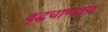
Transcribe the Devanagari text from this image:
वृद्धचाणक्य